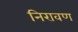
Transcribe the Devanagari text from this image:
निरावण